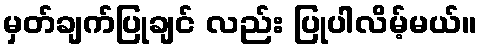
မှတ်ချက်ပြုချင် လည်း ပြုပါလိမ့်မယ်။